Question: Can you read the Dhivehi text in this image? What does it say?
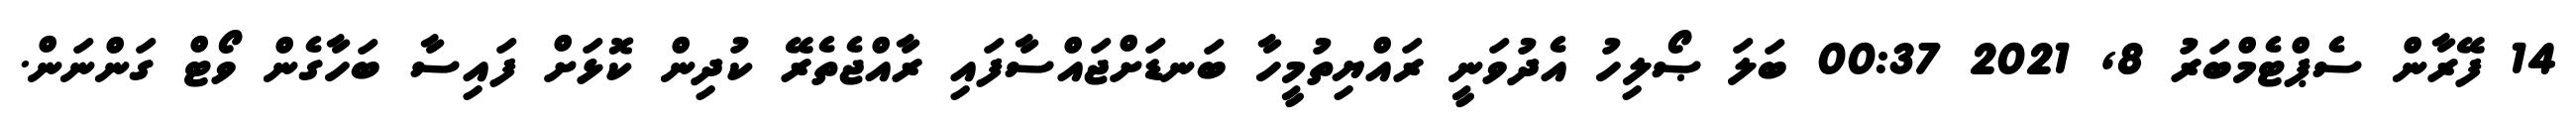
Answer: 14 ފޭރާން ސެޕްޓެމްބަރު 8, 2021 00:37 ބަލަ ޞޯލިހު އެދުވަނީ ރައްޔިތުމީހާ ބަނޑަށްޖައްސާފައި ރާއްޖެތެރޭ ކުދިން ކޮޅަށް ފައިސާ ބަހާގެން ވޯޓް ގަންނަން.